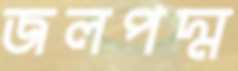
জলপদ্ম